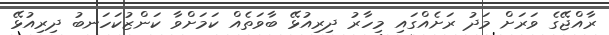
ރާއްޖޭގެ ވަރަށް މަދު ރަށެއްގައި މިހާރު ދިރިއުޅޭ ބާވަތެއް ކަމަށްވާ ކަންޒުކަހަނބު ދިރިއުޅޭ